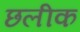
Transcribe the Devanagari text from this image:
छलीक